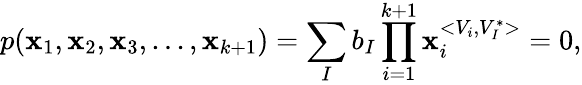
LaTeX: p(\mathbf{x}_{1},\mathbf{x}_{2},\mathbf{x}_{3},...,\mathbf{x}_{k+1})=\sum_{I}b_{I}\prod_{i=1}^{k+1}\mathbf{x}_{i}^{<{V}_{i},{V}_{I}^{\ast}>}=0,